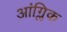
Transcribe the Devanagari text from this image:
आंग्लिक